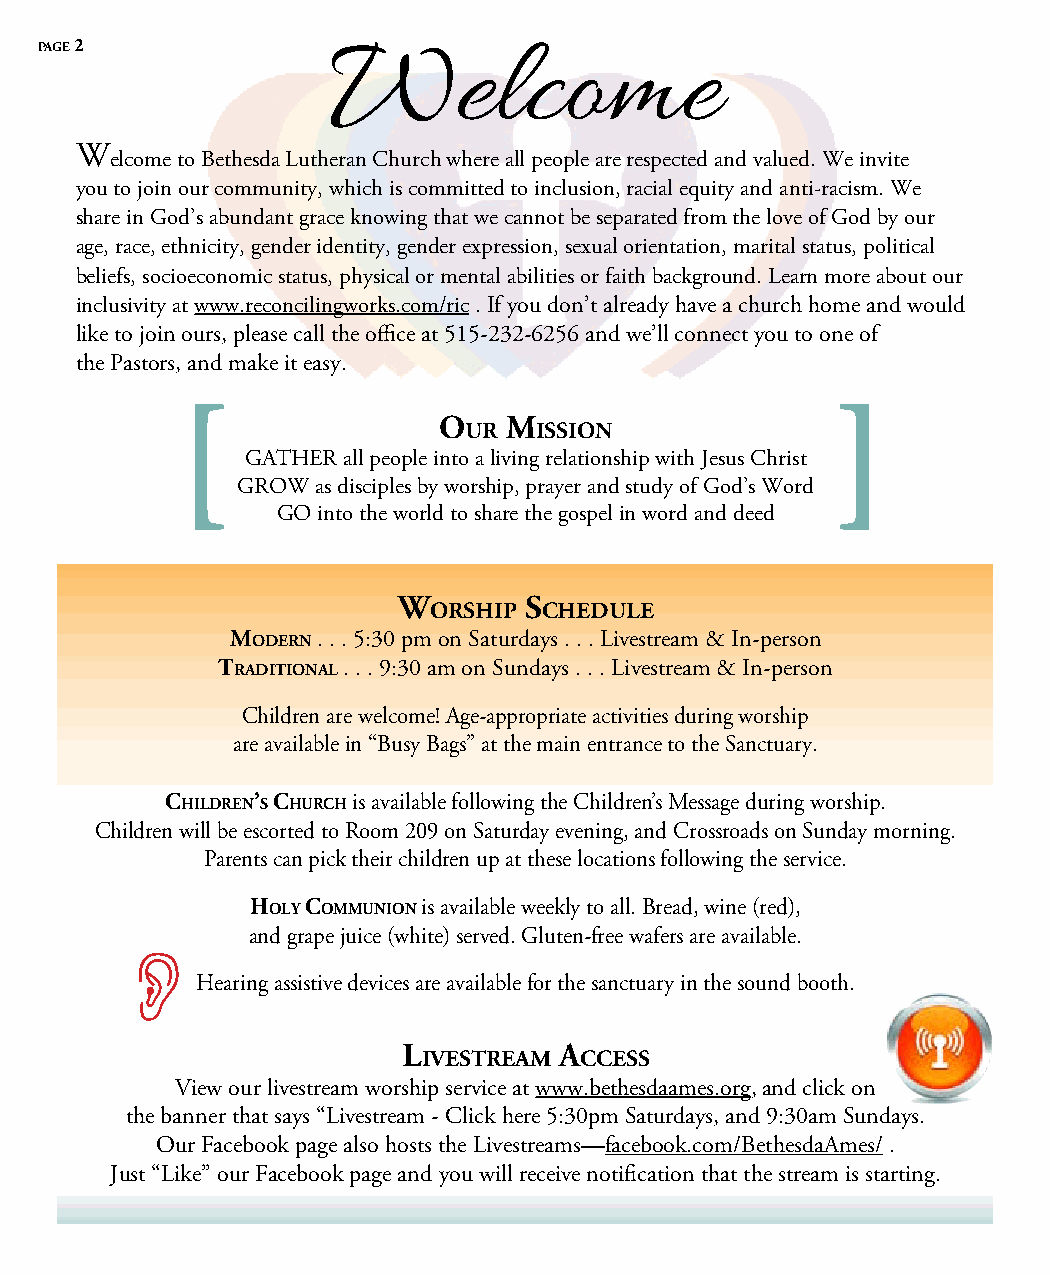
page 2              Welcome
 W
 elcome to Bethesda Lutheran Church where all people are respected and valued. We invite
 you to join our community, which is committed to inclusion, racial equity and anti-racism. We
 share in God’s abundant grace knowing that we cannot be separated from the love of God by our
 age, race, ethnicity, gender identity, gender expression, sexual orientation, marital status, political
 beliefs, socioeconomic status, physical or mental abilities or faith background. Learn more about our
 inclusivity at www.reconcilingworks.com/ric . If you don’t already have a church home and would
 like to join ours, please call the office at 515-232-6256 and we’ll connect you to one of
 the Pastors, and make it easy.
 [
 o   m
 ur  ission
 GATHER all people into a living relationship with Jesus Christ
 GROW as disciples by worship, prayer and study of God’s Word
 GO into the world to share the gospel in word and deed
 W        s
 orship  cheduLe
 modern . . . 5:30 pm on Saturdays . . . Livestream & In-person
 traditionaL . . . 9:30 am on Sundays . . . Livestream & In-person
 Children are welcome! Age-appropriate activities during worship
 are available in “Busy Bags” at the main entrance to the Sanctuary.
 chiLdren’s church is available following the Children’s Message during worship.
 Children will be escorted to Room 209 on Saturday evening, and Crossroads on Sunday morning.
 Parents can pick their children up at these locations following the service.
 hoLy communion is available weekly to all. Bread, wine (red),
 and grape juice (white) served. Gluten-free wafers are available.
 
 Hearing assistive devices are available for the sanctuary in the sound booth.
 L         a
 ivestream ccess
 View our livestream worship service at www.bethesdaames.org, and click on
 the banner that says “Livestream - Click here 5:30pm Saturdays, and 9:30am Sundays.
 Our Facebook page also hosts the Livestreams—facebook.com/BethesdaAmes/ .
 Just “Like” our Facebook page and you will receive notification that the stream is starting.
 [